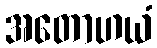
အတောဟယံ